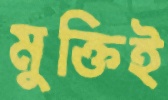
মুক্তিই